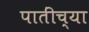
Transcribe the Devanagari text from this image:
पातींच्या